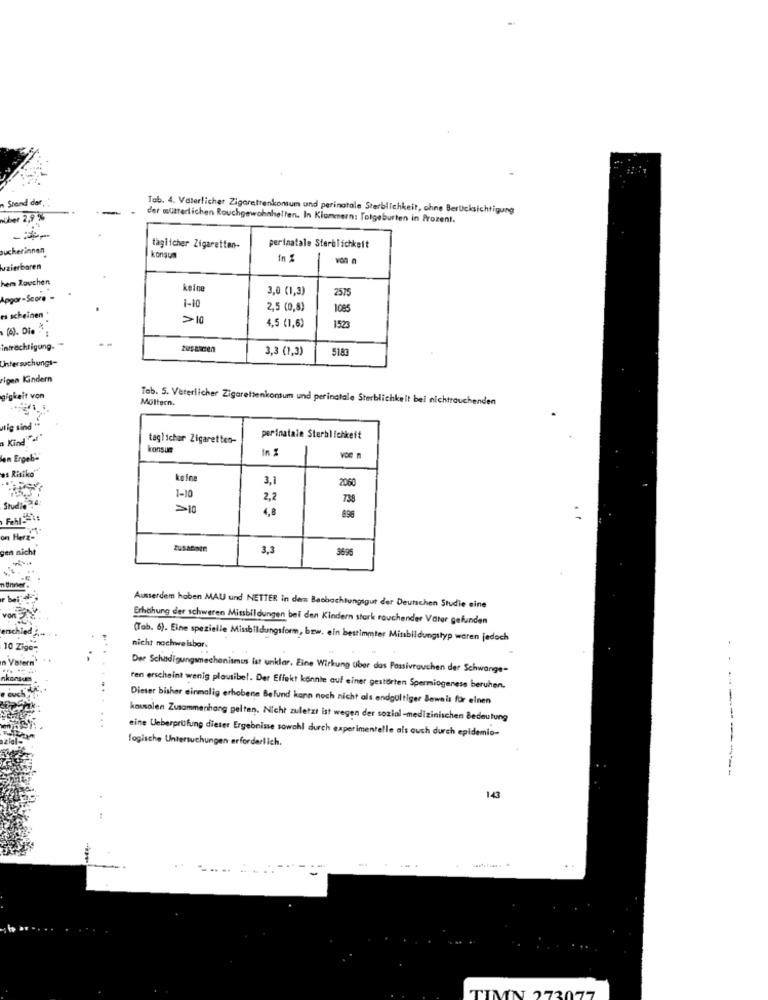
Srand der,
-
Tab. 4. Vaterlicher Zigarettenkonsum und perinatale Sterblichkeit, ohne Berücksichtigung
über 2,9 %
der mutterlichen Rouchgewohnheiten. In Klammern: Totgeburten in Prozent.
---
bucherinnen
laglicher Zigaretten-
perinatale Sterblichkeit
konsum
In %
uzierbaren
hem Zauchen
keine
3,0 (1,3)
2575
Apgar- Score -
1-10
2,5 (0,8)
1085
es scheinen *
>10
(4). Die
4,5 (1,6)
1523
intrechtigung.
3,3 (1,3)
5183
Untersuchungs-
rigen Kindern
gigkeit von
Tab. 5. Vaterlicher Zigarettenkonsum und perinatale Sterblichkeit bei nichtrauchenden
Müttern.
utig sind ..
Kind""at"
taglichar Zigaretten-
perinatale Sterblichkeit
konsum
In %
an Ergeb'S
as Risiko""
keine
3,1
2060
1-10
2,2
738
Suudi
>10
4.8
896
on Herz'-
gen nicht
3,3
3695
Ausserdem haben MAU und NETTER in dem Beobachtungsgut der Deutschen Studie eine
Erhöhung der schweren Missbildungen bei den Kindern stark rauchender Vater gefunden
(Tab. 6). Eine spezielle Missbildungsform, bzw. ein bestimmter Missbildungstyp waren jedoch
Zigo
.. .
nicht nachweisbar.
..
Der Schodigungsmechanismus ist unklar. Eine Wirkung Uber das Passivrauchen der Schwange-
ren erscheint wenig plausibel. Der Effekt konnte auf einer gestörten Spermiogeness beruhen.
Dieser bisher einmalig erhobene Befund kann noch nicht als endgültiger Beweis für einen
...
kausalen Zusammenhang gelten. Nicht zuletzt ist wegen der sozial-medizinischen Bedeutung
logische Untersuchungen erforderlich.
eine Ueberprüfung dieser Ergebnisse sowohl durch experimentelle als auch durch epidemio-
- - ----------
143
... ...
TIMN 273077